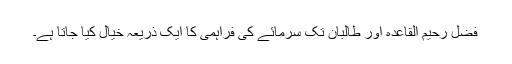
فضل رحیم القاعدہ اور طالبان تک سرمائے کی فراہمی کا ایک ذریعہ خیال کیا جاتا ہے۔